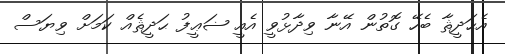
އެޙަދީޘާ ބެހޭ ގޮތުން އޭނާ ވިދާޅުވީ އެއީ ޟަޢީފު ޙަދީޘެއް ކަމަށް ވިޔަސް